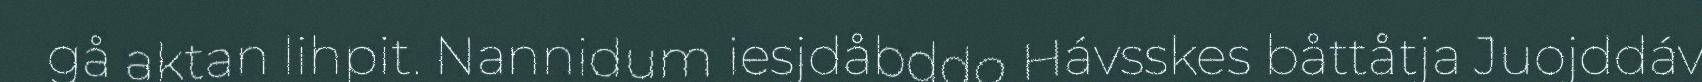
gå aktan lihpit. Nannidum iesjdåbddo Hávsskes båttåtja Juojddáv